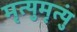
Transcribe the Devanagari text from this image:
मृत्युमृत्युं